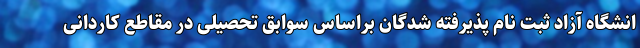
انشگاه آزاد ثبت نام پذیرفته شدگان براساس سوابق تحصیلی در مقاطع کاردانی